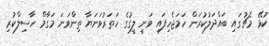
ކުޅޭ މެޗުގައި ބައްދަލުކުރަން ހަމަޖެހިފައި ވަނީ ލީގުގެ ހަތަރުވަނަޔާ ތިންވަނަ މަގާމް ހާސިލްކުރި